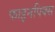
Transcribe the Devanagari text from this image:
फाइनपिक्स